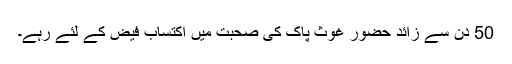
50 دن سے زائد حضور غوثِ پاک کی صحبت میں اکتساب فیض کے لئے رہے۔